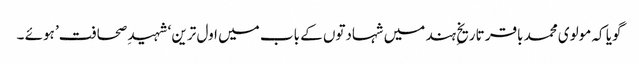
گویا کہ مولوی محمد باقر تاریخِ ہند میں شہادتوں کے باب میں اول ترین ‘شہید ِصحافت’ ہوئے ۔